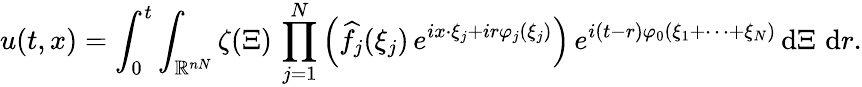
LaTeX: u(t,x)=\int_{0}^{t}\int_{\mathbb{R}^{nN}}\zeta(\Xi)\, \prod_{j=1}^{N}\left(\widehat{f}_{j}(\xi_{j})\, e^{ix\cdot\xi_{j}+ir\varphi_{j}(\xi_{j})}\right)\, e^{i(t-r)\varphi_{0}(\xi_{1}+\cdots+\xi_{N})}\, \mathrm{d}\Xi\, \, \mathrm{d}r.